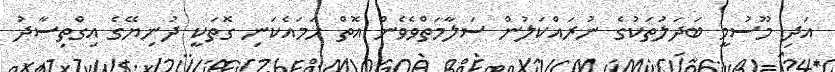
އަދި މޫސުމީ ބަދަލުތަކުގެ ނުރައްކަލުން ސަލާމަތްވެވެން އޮތް ހަމައެކަނި ގޮތަކީ ދުނިޔޭގެ އިގްތިސާދު